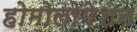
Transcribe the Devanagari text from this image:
होमोलोगेशन